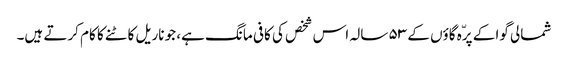
شمالی گوا کے پرّہ گاؤں کے ۵۳ سالہ اس شخص کی کافی مانگ ہے، جو ناریل کاٹنے کا کام کرتے ہیں۔